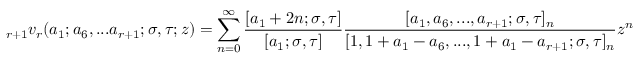
\displaystyle _ { r + 1 } v _ { r } ( a _ { 1 } ; a _ { 6 } , . . . a _ { r + 1 } ; \sigma , \tau ; z ) = \sum _ { n = 0 } ^ { \infty } { \frac { [ a _ { 1 } + 2 n ; \sigma , \tau ] } { [ a _ { 1 } ; \sigma , \tau ] } } { \frac { [ a _ { 1 } , a _ { 6 } , . . . , a _ { r + 1 } ; \sigma , \tau ] _ { n } } { [ 1 , 1 + a _ { 1 } - a _ { 6 } , . . . , 1 + a _ { 1 } - a _ { r + 1 } ; \sigma , \tau ] _ { n } } } z ^ { n }